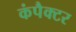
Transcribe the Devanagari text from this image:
कंपैक्टर